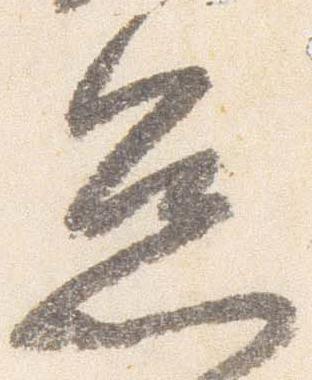
怠